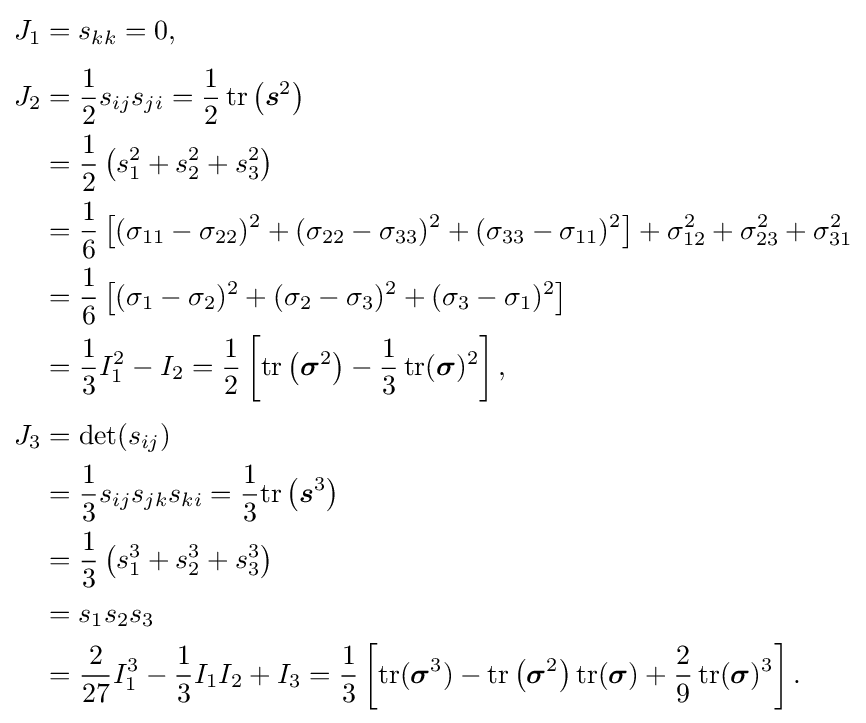
{\begin{aligned}J_{1}&=s_{kk}=0,\\[3pt]J_{2}&={\frac {1}{2}}s_{ij}s_{ji}={\frac {1}{2}}\operatorname {tr} \left({\boldsymbol {s}}^{2}\right)\\&={\frac {1}{2}}\left(s_{1}^{2}+s_{2}^{2}+s_{3}^{2}\right)\\&={\frac {1}{6}}\left[(\sigma _{11}-\sigma _{22})^{2}+(\sigma _{22}-\sigma _{33})^{2}+(\sigma _{33}-\sigma _{11})^{2}\right]+\sigma _{12}^{2}+\sigma _{23}^{2}+\sigma _{31}^{2}\\&={\frac {1}{6}}\left[(\sigma _{1}-\sigma _{2})^{2}+(\sigma _{2}-\sigma _{3})^{2}+(\sigma _{3}-\sigma _{1})^{2}\right]\\&={\frac {1}{3}}I_{1}^{2}-I_{2}={\frac {1}{2}}\left[\operatorname {tr} \left({\boldsymbol {\sigma }}^{2}\right)-{\frac {1}{3}}\operatorname {tr} ({\boldsymbol {\sigma }})^{2}\right],\\[3pt]J_{3}&=\det(s_{ij})\\&={\frac {1}{3}}s_{ij}s_{jk}s_{ki}={\frac {1}{3}}{\text{tr}}\left({\boldsymbol {s}}^{3}\right)\\&={\frac {1}{3}}\left(s_{1}^{3}+s_{2}^{3}+s_{3}^{3}\right)\\&=s_{1}s_{2}s_{3}\\&={\frac {2}{27}}I_{1}^{3}-{\frac {1}{3}}I_{1}I_{2}+I_{3}={\frac {1}{3}}\left[{\text{tr}}({\boldsymbol {\sigma }}^{3})-\operatorname {tr} \left({\boldsymbol {\sigma }}^{2}\right)\operatorname {tr} ({\boldsymbol {\sigma }})+{\frac {2}{9}}\operatorname {tr} ({\boldsymbol {\sigma }})^{3}\right].\,\end{aligned}}